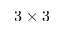
3 \times 3 -